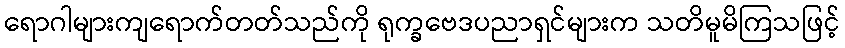
ရောဂါများကျရောက်တတ်သည်ကို ရုက္ခဗေဒပညာရှင်များက သတိမူမိကြသဖြင့်